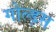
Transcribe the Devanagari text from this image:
गोल्ड्स